Annual statistical returns and brief notes on vaccination in Bengal - 1887-1898
Year: 1887
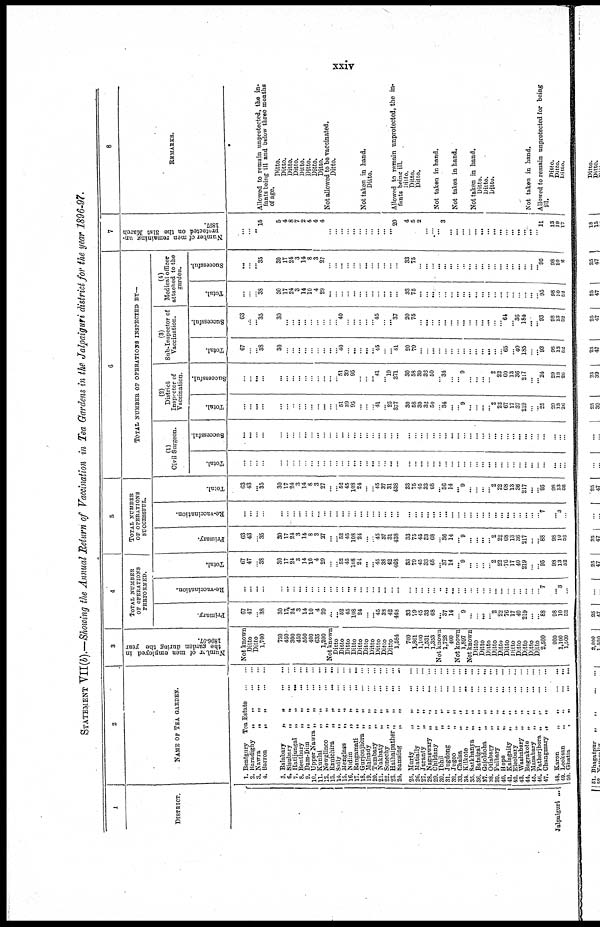
xxiv
STATEMENT VII (b).—Showing the Annual Return of Vaccination in Tea Gardens in the Jalpaiguri district for the year 1896-97.
1
DISTRICT.
Jalpaiguri ...
2
NAME OF TEA GARDEN.
1. Bentgury
Tea Estate
...
...
2. Baradighy
„
„
...
...
3. Nawra
„
„ ... ...
4. Barron
„
„
...
...
5. Balabary
„
„
...
...
6. Sisubary
„
„
...
...
7. Hatijungal
„
„ ... ...
8. Bentbary
„
„
...
...
9. Dam-Dim
„
„
...
...
10. Upper Nawra „
„
...
...
11. Kunlai
„
„
...
...
12. Newglinco
„
„
...
...
13. Ranichira „ „ ... ...
14. Saily
„
„
...
...
15. Menglass
„
„
...
...
16. Midim
„
„
...
...
17. Rangamati
„
„
...
...
18. Gurjonjhora „
„
...
...
19. Malnady
„
„
...
...
20. Tumbary
„
„
...
...
21. Nakhaty
„
„
...
...
22. Sonechy „ „ ... ...
23. Haihaipather „
„
...
...
24. Samsing
„ „
...
...
25. Murty „ „ ... ...
20. Matially
„
„
...
...
27. Juranty
„
„
...
...
28. Nagaswary „ „ ... ...
29. Childany
„
„
...
...
30. Ibhil
„
„
...
...
31. Jugdong
„
„
...
...
32. Jugoo
„
„
...
...
33. Chalsa
„
„
...
...
34. Kilkote
„
„
...
...
35. Satkhanya
„
„
...
...
36. Bataigal
„
„
...
...
37. Gajoldoha
„
„
...
...
38. Otlabary
„
„
...
...
39. Fulbary
„
„
...
...
40. Hope
„
„
...
...
41. Kalagaity
„
„
...
...
42. Eleobary
„
„
...
...
43. Washabary
„
„
...
...
44. Bagrakote
„
„
...
...
45. Manabary
„
„
...
...
46. Patherjhora
„
„
...
...
47. Changmary „
„
...
...
48. Karon
„
„
...
...
49. Looksan
„
„
...
...
50. Ghatia
„
„
...
...
3
Number
of men employed in
the garden during the year
1896-97.
Not known
Ditto
Ditto
1,700
750
450
300
450
550
400
635
1,200
Not known
Ditto
Ditto
Ditto
Ditto
Ditto
Ditto
Ditto
Ditto
Ditto
Ditto
1,584
700
1,861
1,100
1,531
1,353
Not known
1,728
400
Not known
1,897
Not known
Ditto
Ditto
Ditto
Ditto
Ditto
Ditto
Ditto
Ditto
Ditto
Ditto
Ditto
2,500
900
1,100
1,000
4
TOTAL NUMBER
OF OPERATIONS
PREFORMED.
Primary.
67
47
...
38
30
17 24
3
14
10
4
29
...
... 52
45
108
24
...
... 45
38
42
468
33
79
45
33
68
... 37
14
...
9
...
...
...
... 2
22
76
17
40
219
...
...
88
98
10
52
Re-vaccination.
...
...
...
...
...
...
...
...
...
...
...
...
...
...
...
... ...
...
...
...
...
...
...
...
...
...
...
...
...
..
...
...
...
...
...
...
... ...
...
...
...
...
...
...
...
...
7
... 3
...
Total.
67
47
...
38
30
17
24
3
14
10
4
29
...
...
52
45
108
24
...
... 45
38
42
468
33
79
45
33
68
... 37
14
... 9
...
...
...
... 2
22
76
17
40
219
...
... 95
98
13
52
5
TOTAL NUMBER
OF OPERATIONS
SUCCESSFUL.
Primary.
63
43
...
35
30
17
24
3
14
8
3
27
...
... 52
45
108
24
...
...
45
37
31
438
33
75
45
33
68
...
36
14
... 9
...
...
...
... 2
22
68
13
36
217
...
...
88
98
10
52
Re-vaccination.
...
...
...
...
...
...
...
...
...
...
...
...
...
...
...
...
...
...
...
...
...
...
...
...
...
...
...
...
...
...
...
...
...
...
...
...
...
...
...
...
...
...
...
...
...
...
7
... 3
...
Total.
63
43
... 35
30
17
24
3
14
8
3
27
...
...
52
45
108
24
...
...
45
37
31
438
33
75
45
33
68
... 36
14
... 9
...
...
...
... 2
22
68
13
36
217
...
... 95
98
13
52
6
TOTAL NUMBER OF OPERATIONS INSPECTED BY—
(1)
Civil Surgeon.
Total.
...
...
...
...
...
...
...
...
...
...
...
...
...
...
...
...
...
...
...
...
...
...
...
...
...
...
...
...
...
...
...
...
...
...
...
...
...
...
...
...
...
...
...
...
...
...
...
...
...
...
Successful.
...
...
...
...
...
...
...
...
...
...
...
...
...
...
...
...
...
...
...
...
...
...
...
...
...
... ...
...
...
...
...
...
...
...
...
... ...
...
...
...
... ...
...
...
...
...
...
...
...
...
(2)
District
Inspector of
Vaccination.
Total.
...
...
...
...
...
...
...
...
...
...
...
...
...
...
51
39
95
...
...
...
41
...
25
377
30
58
39
32
50
...
34
...
...
9
...
...
...
...
2
22
67
17
37
219
... ...
25
29
13
26
Successful.
...
...
...
...
...
...
...
...
...
...
...
...
...
...
51
39
95
...
...
... 41
...
19
371
30
58
39
32
50
...
34
...
...
9
...
...
...
...
2
22
60
13
36
217
...
...
24
29
13
20
(3)
Sub-Inspector of
Vaccination.
Total.
67
...
...
38
30
...
...
...
...
...
...
...
...
...
40
...
...
...
...
...
45
...
...
41
20
79
...
...
...
...
...
...
...
...
...
...
...
...
...
...
65
...
40
185
...
... 93
98
13
52
Successful.
63
...
...
35
30
...
...
...
...
...
...
...
...
...
40
...
...
...
...
...
45
...
... 37
20
75
...
...
...
...
...
...
...
...
...
...
...
...
...
...
64
...
36
184
...
...
93
98
13
52
(4)
Medical officer
attached to the
garden.
Total.
...
...
...
38
30
17
24
3
14
10
4
29
...
...
...
...
...
...
...
...
...
...
...
...
33
75
...
...
...
...
...
...
...
...
...
...
...
...
...
...
...
...
...
...
...
...
95
98
10
52
Successful.
...
...
...
35
30
17
24
3
14
8
3
27
...
...
...
...
...
...
...
...
...
...
...
...
33
75
...
...
...
...
...
...
...
...
...
...
...
...
...
...
...
...
...
...
...
...
95
98
10
2
7
Number of men remaining un-
protected on the 31st March
1897.
...
...
...
15
5
4
8
7
2
4
4
4
...
...
...
...
...
...
...
...
...
...
...
20
4
5
2
...
...
...
3
...
...
...
...
...
...
...
...
...
...
...
...
...
...
...
11
13
19
17
8
REMARKS.
...
...
...
Allowed to remain unprotected, the in-
fants being ill and below three months
of age.
Ditto.
Ditto.
Ditto.
Ditto.
Ditto.
Ditto.
Ditto.
Ditto.
Not allowed to be vaccinated.
Ditto.
Not taken in hand.
Ditto.
Allowed to remain unprotected, the in-
fants being ill.
Ditto.
Ditto.
Ditto.
Not taken in hand.
Not taken in hand.
Not taken in hand.
Ditto.
Ditto.
Ditto.
Not taken in hand.
Allowed to remain unprotected for being
ill.
Ditto.
Ditto.
Ditto.